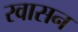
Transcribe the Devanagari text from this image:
रवासन